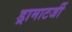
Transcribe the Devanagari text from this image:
ड्रामाटर्जी